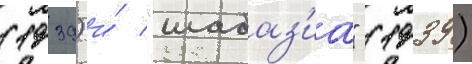
(1939) и́ "шабаз'иа" (1939)